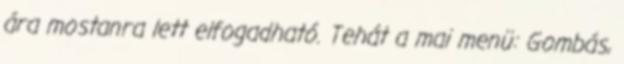
ára mostanra lett elfogadható. Tehát a mai menü: Gombás,